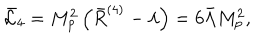
\bar { \cal L } _ { 4 } = M _ { p } ^ { 2 } \left( \bar { R } ^ { ( 4 ) } - \lambda \right) = 6 \bar { \Lambda } M _ { p } ^ { 2 } ,